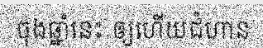
ចុងឆ្នាំនេះ ឲ្យហើយជំហាន